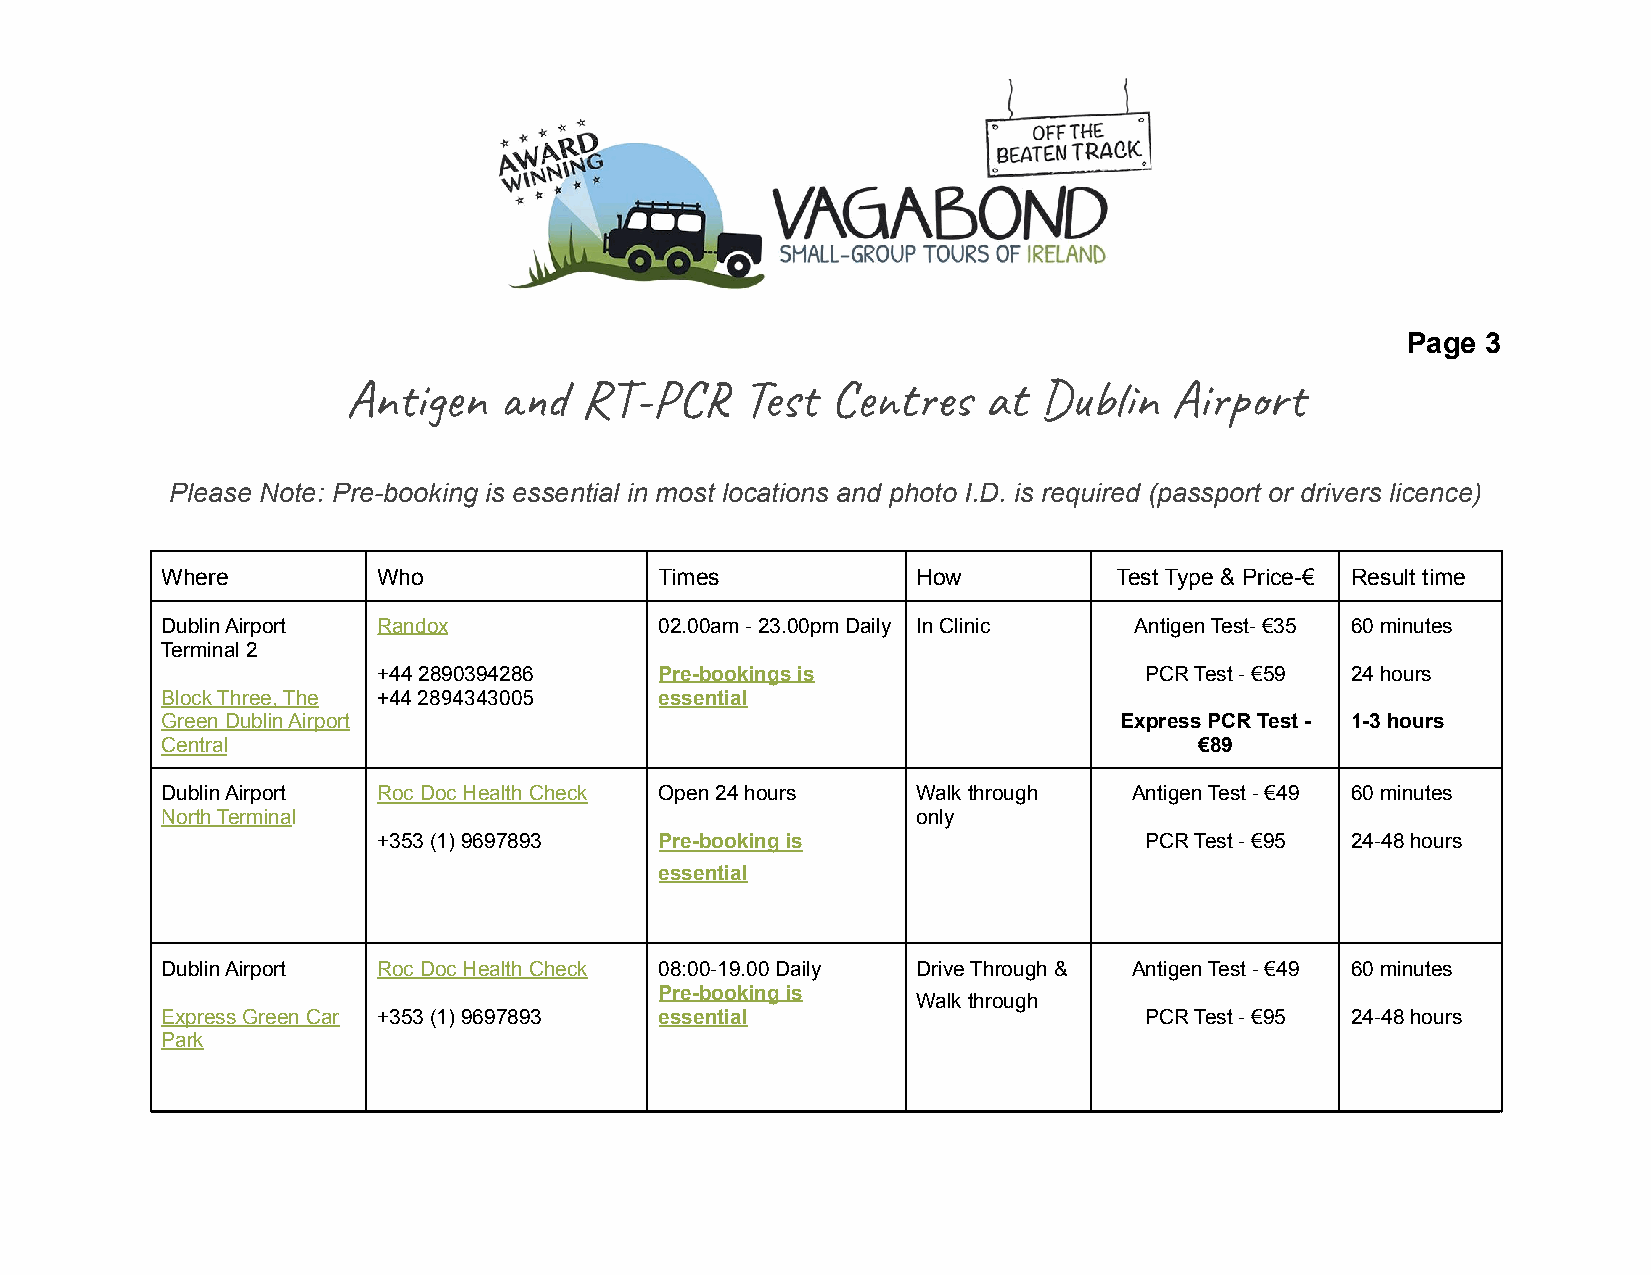
Page 3
 Anin     R-P     Tes  t   at  Dn  Air
 Please Note: Pre-booking is essential in most locations and photo I.D. is required (passport or drivers licence)
 Where         Who                Times            How          Test Type & Price-€ Result time
 Dublin Airport Randox            02.00am - 23.00pm Daily In Clinic Antigen Test- €35 60 minutes
 Terminal 2
 +44 2890394286     Pre-bookings is                 PCR Test - €59 24 hours
 Block Three, The +44 2894343005  essential
 Green Dublin Airport                                           Express PCR Test - 1-3 hours
 Central                                                             €89
 Dublin Airport Roc Doc Health Check Open 24 hours Walk through  Antigen Test - €49 60 minutes
 North Terminal                                    only
 +353 (1) 9697893   Pre-booking is                  PCR Test - €95 24-48 hours
 essential
 Dublin Airport Roc Doc Health Check 08:00-19.00 Daily Drive Through & Antigen Test - €49 60 minutes
 Pre-booking is
 Walk through
 Express Green Car +353 (1) 9697893 essential                     PCR Test - €95 24-48 hours
 Park